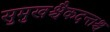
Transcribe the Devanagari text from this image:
सुमुखश्चैकदन्तश्च